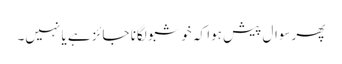
پھرسوال پیش ہوا کہ خوشبو لگانا جائز ہے یا نہیں۔